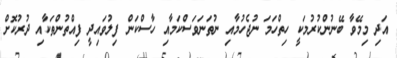
އަދި މިމޭވާ ބޭނުންކުރުމަކީ ހިތްހަމަ ނުޖެހުމާއި ނުތަނަވަސްކަމާއި ހާސްކަން ފިލުވައިދީ ފިއްތުންތަކާއި ދުރުކޮށް